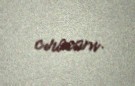
cıracam.